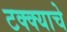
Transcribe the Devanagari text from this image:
टक्क्याचे